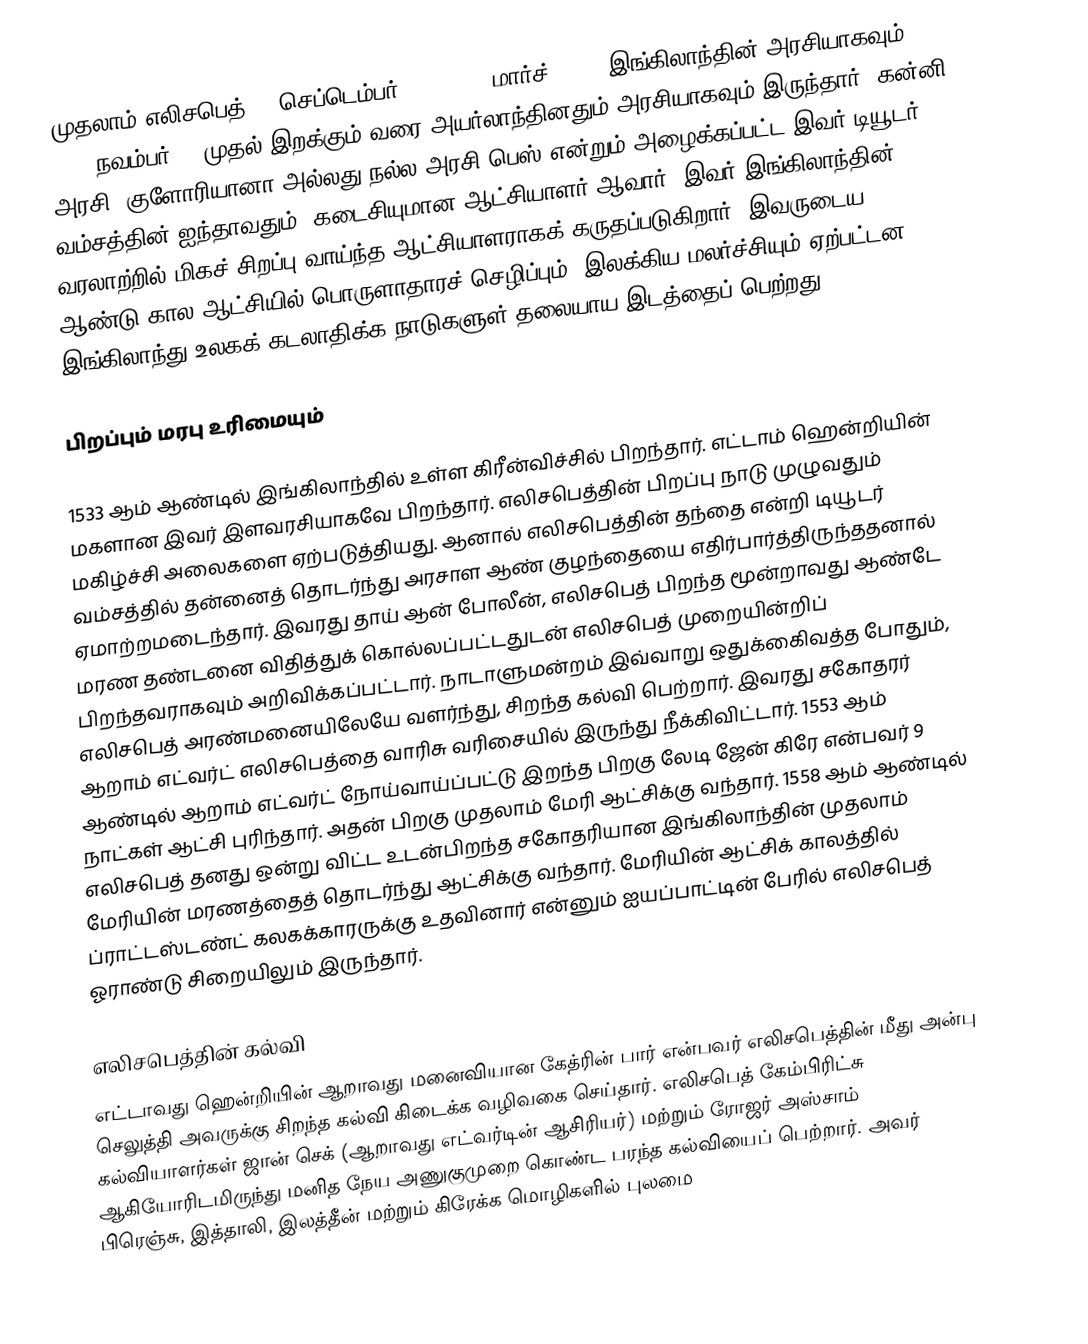
முதலாம் எலிசபெத் (7 செப்டெம்பர் 1533 – 24 மார்ச் 1603) இங்கிலாந்தின் அரசியாகவும், 1558 நவம்பர் 17 முதல் இறக்கும் வரை அயர்லாந்தினதும் அரசியாகவும் இருந்தார். கன்னி அரசி, குளோரியானா அல்லது நல்ல அரசி பெஸ் என்றும் அழைக்கப்பட்ட இவர் டியூடர் வம்சத்தின் ஐந்தாவதும், கடைசியுமான ஆட்சியாளர் ஆவார். இவர் இங்கிலாந்தின் வரலாற்றில் மிகச் சிறப்பு வாய்ந்த ஆட்சியாளராகக் கருதப்படுகிறார். இவருடைய 45 ஆண்டு கால ஆட்சியில் பொருளாதாரச் செழிப்பும், இலக்கிய மலர்ச்சியும் ஏற்பட்டன. இங்கிலாந்து உலகக் கடலாதிக்க நாடுகளுள் தலையாய இடத்தைப் பெற்றது.

பிறப்பும் மரபு உரிமையும்

1533 ஆம் ஆண்டில் இங்கிலாந்தில் உள்ள கிரீன்விச்சில் பிறந்தார். எட்டாம் ஹென்றியின் மகளான இவர் இளவரசியாகவே பிறந்தார். எலிசபெத்தின் பிறப்பு நாடு முழுவதும் மகிழ்ச்சி அலைகளை ஏற்படுத்தியது. ஆனால் எலிசபெத்தின் தந்தை என்றி டியூடர் வம்சத்தில் தன்னைத் தொடர்ந்து அரசாள ஆண் குழந்தையை எதிர்பார்த்திருந்ததனால் ஏமாற்றமடைந்தார். இவரது தாய் ஆன் போலீன், எலிசபெத் பிறந்த மூன்றாவது ஆண்டே மரண தண்டனை விதித்துக் கொல்லப்பட்டதுடன் எலிசபெத் முறையின்றிப் பிறந்தவராகவும் அறிவிக்கப்பட்டார். நாடாளுமன்றம் இவ்வாறு ஒதுக்கிைவத்த போதும், எலிசபெத் அரண்மனையிலேயே வளர்ந்து, சிறந்த கல்வி பெற்றார். இவரது சகோதரர் ஆறாம் எட்வர்ட் எலிசபெத்தை வாரிசு வரிசையில் இருந்து நீக்கிவிட்டார். 1553 ஆம் ஆண்டில் ஆறாம் எட்வர்ட் நோய்வாய்ப்பட்டு இறந்த பிறகு லேடி ஜேன் கிரே என்பவர் 9 நாட்கள் ஆட்சி புரிந்தார். அதன் பிறகு முதலாம் மேரி ஆட்சிக்கு வந்தார். 1558 ஆம் ஆண்டில் எலிசபெத் தனது ஒன்று விட்ட உடன்பிறந்த சகோதரியான இங்கிலாந்தின் முதலாம் மேரியின் மரணத்தைத்  தொடர்ந்து ஆட்சிக்கு வந்தார். மேரியின் ஆட்சிக் காலத்தில் ப்ராட்டஸ்டண்ட்  கலகக்காரருக்கு உதவினார் என்னும் ஐயப்பாட்டின் பேரில் எலிசபெத் ஓராண்டு சிறையிலும் இருந்தார்.

எலிசபெத்தின் கல்வி
எட்டாவது ஹென்றியின் ஆறாவது மனைவியான கேத்ரின் பார் என்பவர் எலிசபெத்தின் மீது அன்பு செலுத்தி அவருக்கு சிறந்த கல்வி கிடைக்க வழிவகை செய்தார். எலிசபெத் கேம்பிரிட்சு கல்வியாளர்கள் ஜான் செக் (ஆறாவது எட்வர்டின் ஆசிரியர்) மற்றும் ரோஜர் அஸ்சாம் ஆகியோரிடமிருந்து மனித நேய அணுகுமுறை கொண்ட பரந்த கல்வியைப் பெற்றார். அவர் பிரெஞ்சு, இத்தாலி, இலத்தீன் மற்றும் கிரேக்க மொழிகளில் புலமை